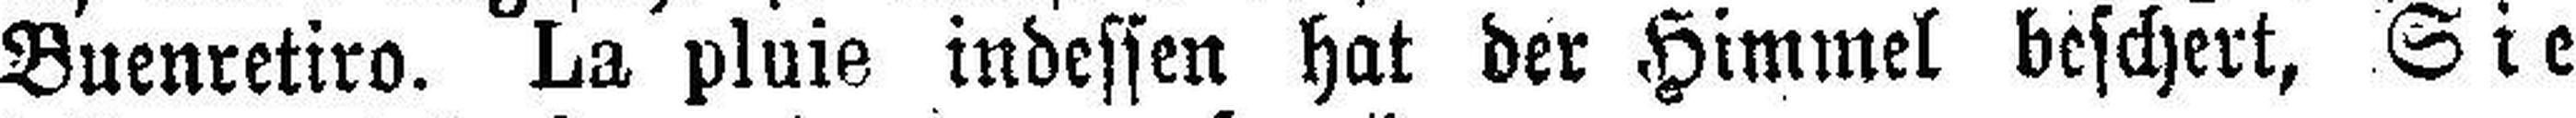
Buenretiro. La pluie indessen hat der Himmel beschert, Sie